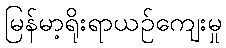
မြန်မာ့ရိုးရာယဉ်ကျေးမှု